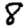
Digit: 8